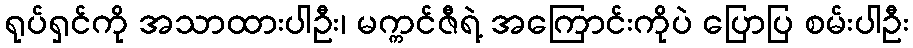
ရုပ်ရှင်ကို အသာထားပါဦး၊ မက္ကင်ဇီရဲ့ အကြောင်းကိုပဲ ပြောပြ စမ်းပါဦး